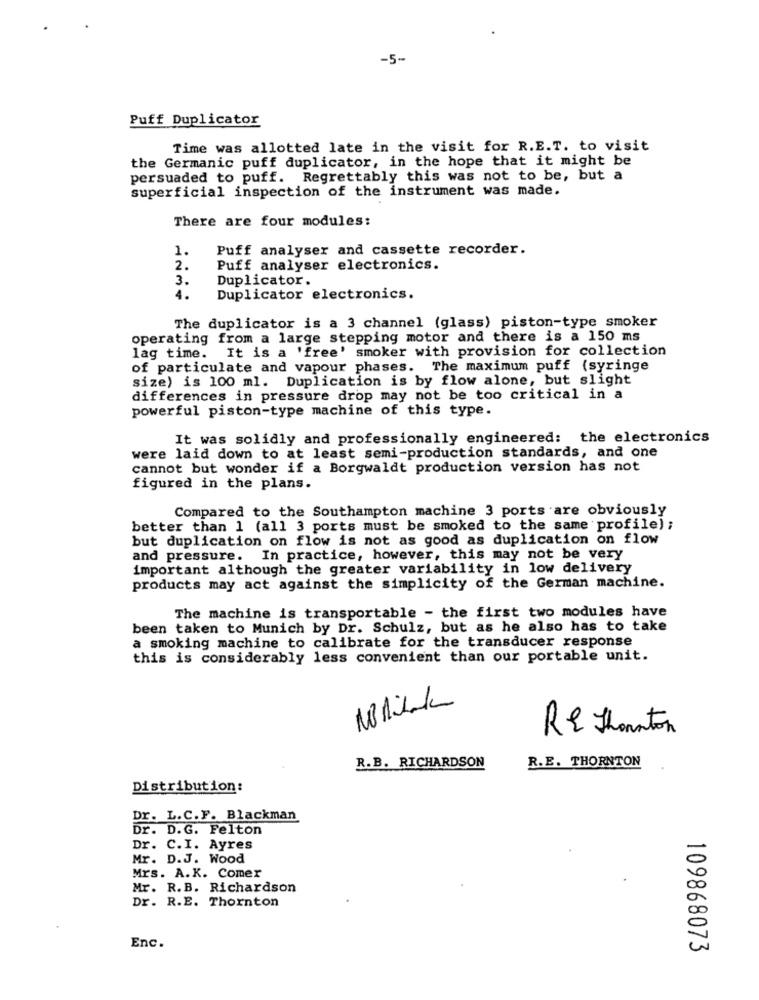
-5-
Puff Duplicator
Time was allotted late in the visit for R.E.T. to visit
the Germanic puff duplicator, in the hope that it might be
persuaded to puff. Regrettably this was not to be, but a
superficial inspection of the instrument was made.
There are four modules:
1.
Puff analyser and cassette recorder.
2.
Puff analyser electronics.
3.
Duplicator.
4.
Duplicator electronics.
The duplicator is a 3 channel (glass) piston-type smoker
operating from a large stepping motor and there is a 150 ms
lag time. It is a 'free' smoker with provision for collection
of particulate and vapour phases. The maximum puff (syringe
size) is 100 ml. Duplication is by flow alone, but slight
differences in pressure drop may not be too critical in a
powerful piston-type machine of this type.
It was solidly and professionally engineered: the electronics
were laid down to at least semi-production standards, and one
cannot but wonder if a Borgwaldt production version has not
figured in the plans.
Compared to the Southampton machine 3 ports are obviously
better than 1 (all 3 ports must be smoked to the same profile) ;
but duplication on flow is not as good as duplication on flow
and pressure. In practice, however, this may not be very
important although the greater variability in low delivery
products may act against the simplicity of the German machine.
The machine is transportable - the first two modules have
been taken to Munich by Dr. Schulz, but as he also has to take
a smoking machine to calibrate for the transducer response
this is considerably less convenient than our portable unit.
2
Re Thornton
R.B. RICHARDSON
R.E. THORNTON
Distribution:
Dr. L.C.F. Blackman
Dr. D.G. Felton
Dr. C.I. Ayres
Mr. D.J. Wood
Mrs. A.K. Comer
Mr. R.B. Richardson
Dr. R.E. Thornton
Enc.
109868073